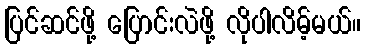
ပြင်ဆင်ဖို့ ပြောင်းလဲဖို့ လိုပါလိမ့်မယ်။